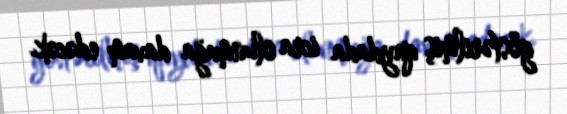
göstərilmiş qaydada icra olunmağa davam edəcək.